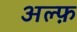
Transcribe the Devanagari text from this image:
अल्फ़